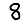
Digit: 8